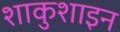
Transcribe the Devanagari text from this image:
शाकुशाइन